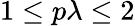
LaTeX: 1\leq p\lambda\leq 2